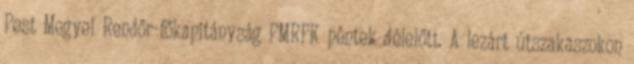
Pest Megyei Rendőr-főkapitányság PMRFK péntek délelőtt. A lezárt útszakaszokon